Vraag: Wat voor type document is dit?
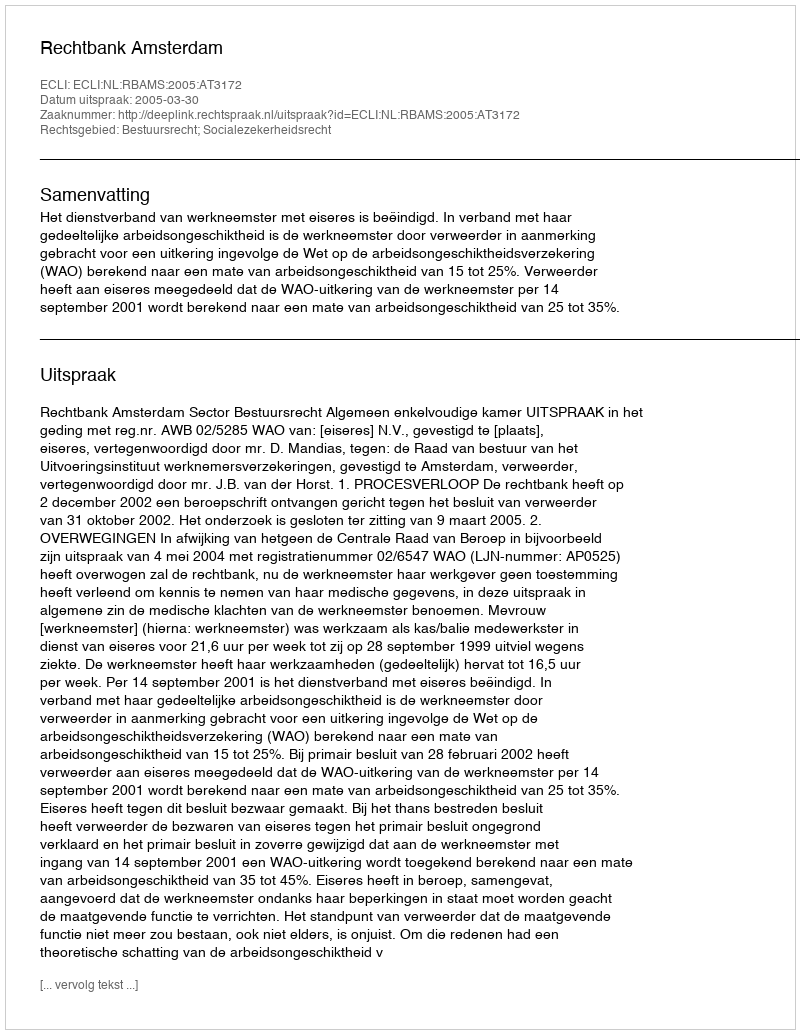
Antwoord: Uitspraak